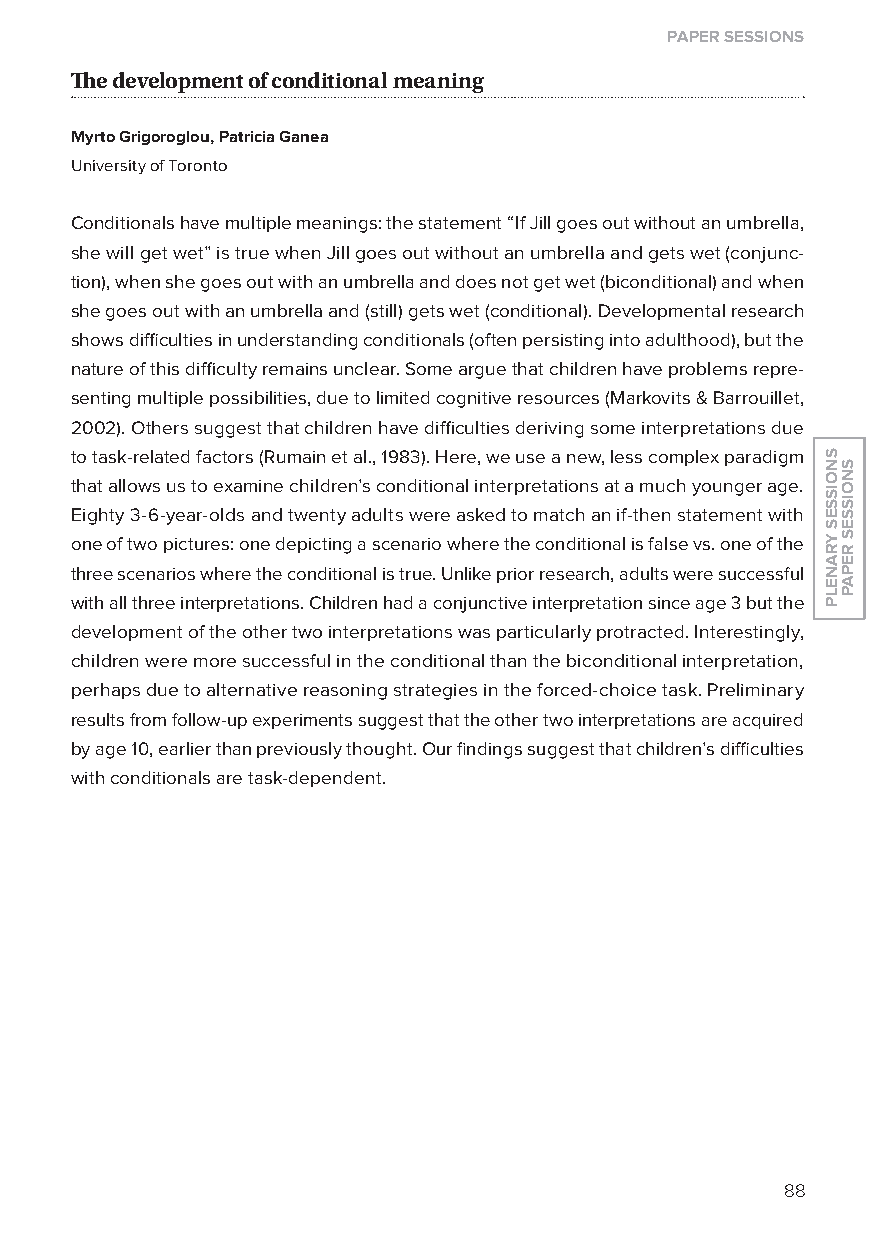
paper sessions
 The development of conditional meaning
 Myrto Grigoroglou, Patricia Ganea
 University of Toronto
 Conditionals have multiple meanings: the statement “If Jill goes out without an umbrella,
 she will get wet” is true when Jill goes out without an umbrella and gets wet (conjunc-
 tion), when she goes out with an umbrella and does not get wet (biconditional) and when
 she goes out with an umbrella and (still) gets wet (conditional). Developmental research
 shows difficulties in understanding conditionals (often persisting into adulthood), but the
 nature of this difficulty remains unclear. Some argue that children have problems repre-
 senting multiple possibilities, due to limited cognitive resources (Markovits & Barrouillet,
 2002). others suggest that children have difficulties deriving some interpretations due
 to task-related factors (Rumain et al., 1983). Here, we use a new, less complex paradigm
 that allows us to examine children’s conditional interpretations at a much younger age.
 Eighty 3-6-year-olds and twenty adults were asked to match an if-then statement with
 one of two pictures: one depicting a scenario where the conditional is false vs. one of the
 three scenarios where the conditional is true. Unlike prior research, adults were successful
 with all three interpretations. Children had a conjunctive interpretation since age 3 but the
 development of the other two interpretations was particularly protracted. Interestingly,
 children were more successful in the conditional than the biconditional interpretation,
 perhaps due to alternative reasoning strategies in the forced-choice task. Preliminary
 results from follow-up experiments suggest that the other two interpretations are acquired
 by age 10, earlier than previously thought. our findings suggest that children’s difficulties
 with conditionals are task-dependent.
 88
 snoisses
 yranelp
 snoisses
 repap